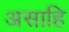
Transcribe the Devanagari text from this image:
असाहि